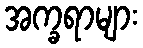
အက္ခရာများ